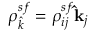
\rho _ { \hat { k } } ^ { s f } = \rho _ { i j } ^ { s f } \mathbf { \hat { k } } _ { j }